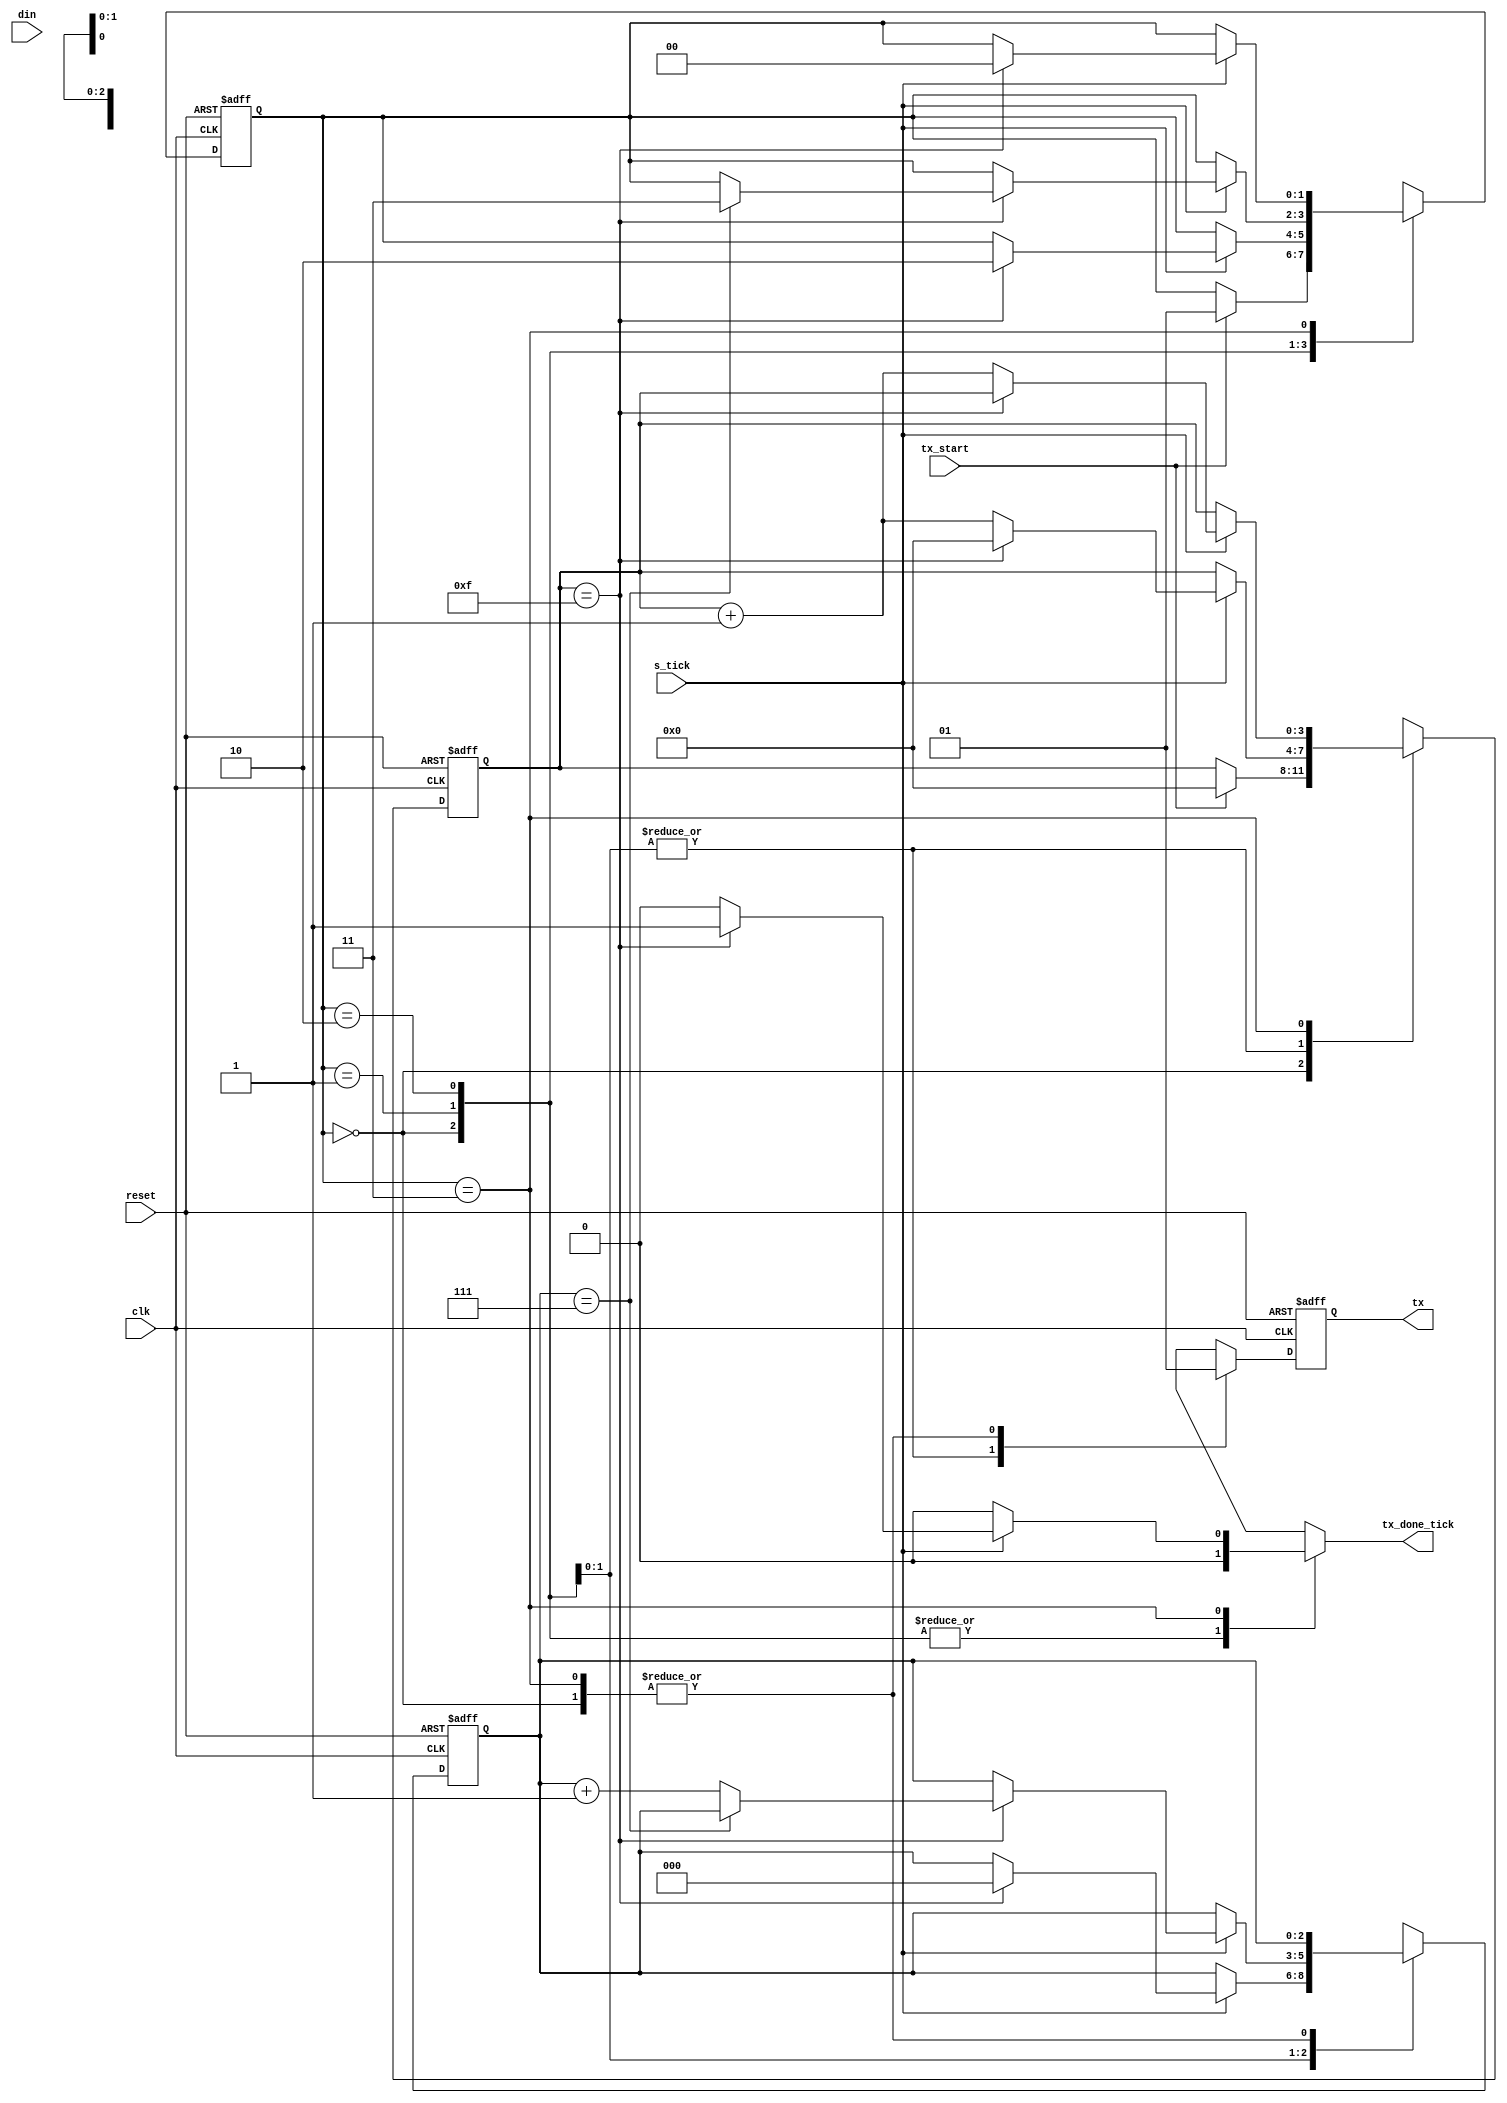
`timescale 1ns / 1ps

module UART_TX#(parameter	DBIT 	= 8,	// Data
							SB_TICK	= 16	// ticks for stop bits
				)
				(
					input	 	clk,reset,
					input		tx_start, s_tick,
					input [7:0]	din,
					output reg 	tx_done_tick,
					output   	tx
				);

// STATE Declaration
	localparam	[1:0]	IDLE	=	2'b00,
						START 	=	2'b01,
						DATA 	=	2'b10,
						STOP 	= 	2'b11;

// Signal Declaration
    reg [1:0] state_reg, state_next;
    reg [3:0] s_reg, s_next;
    reg [2:0] n_reg, n_next;
    reg [7:0] b_reg, b_next;
    reg 	  tx_reg, tx_next;

// FSM State & Data Register
    always@(posedge clk, posedge reset)
        if(reset)
            begin
                state_reg   <=  IDLE;
                s_reg       <=  0;
                n_reg       <=  0;
                b_reg       <=  0;
                tx_reg 		<= 	1'b1;     
            end
        else
            begin
                state_reg   <=  state_next;
                s_reg       <=  s_next;
                n_reg       <=  n_next;
                b_reg       <=  b_next;
                tx_reg 		<= 	tx_next; 
            end

// Next State Logic & Functional Unit
	always @(*)
		begin 
			state_next		=	state_reg;
			tx_done_tick	= 	1'b0;
			s_next 			= 	s_reg;
			n_next 			= 	n_reg;
			b_next 			= 	b_reg;
			tx_next			= 	tx_reg;

			case (state_reg)
				// IDLE STATE
				IDLE	:	begin
								tx_next					= 	1'b1;

								if(tx_start)
									begin
										state_next		=	START;
										s_next 			= 	0;
										b_next 			= 	din;
									end
							end

				// START STATE
				START 	: 	begin
								tx_next 				= 	1'b0;

								if(s_tick)
									if(s_reg == 15)
										begin 
											state_next	=	DATA;
											s_next 		=	0;
											n_next 		= 	0; 
										end
									else
										s_next 			= 	s_reg + 1;
							end

				// DATA STATE
				DATA 	:	begin
								tx_next 				= 	1'b0;

								if(s_tick)
									if(s_reg == 15)
										begin
											s_next 		= 	0;
											b_next 		= 	b_reg >> 1;

											if(n_reg == (DBIT -1))
											 state_next = 	STOP;
											else
											 n_next 	= n_reg + 1;	
										end
									else
										s_next 			= s_reg + 1;
							end

				// STOP STATE
				STOP 	: 	begin
								tx_next 				= 	1'b1;
								if(s_tick)
									if(s_reg == (SB_TICK -1))
										begin 
										   state_next 	= 	IDLE;
										   tx_done_tick = 	1'b1;
             							end
             						else
             							s_next 			= s_reg + 1;
							end
			endcase
		end

// Output
	assign tx 	= tx_reg;

endmodule